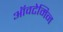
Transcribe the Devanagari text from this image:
ऑवटेमिन